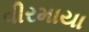
વીરમાયા